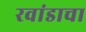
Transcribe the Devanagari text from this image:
रवांडाचा